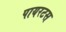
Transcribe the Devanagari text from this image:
पायरटस